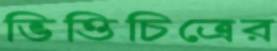
ভিত্তিচিত্রের